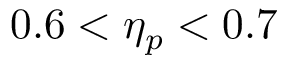
0 . 6 < \eta _ { p } < 0 . 7